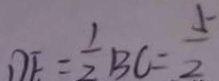
D E = \frac { 1 } { 2 } B C = \frac { 5 } { 2 }